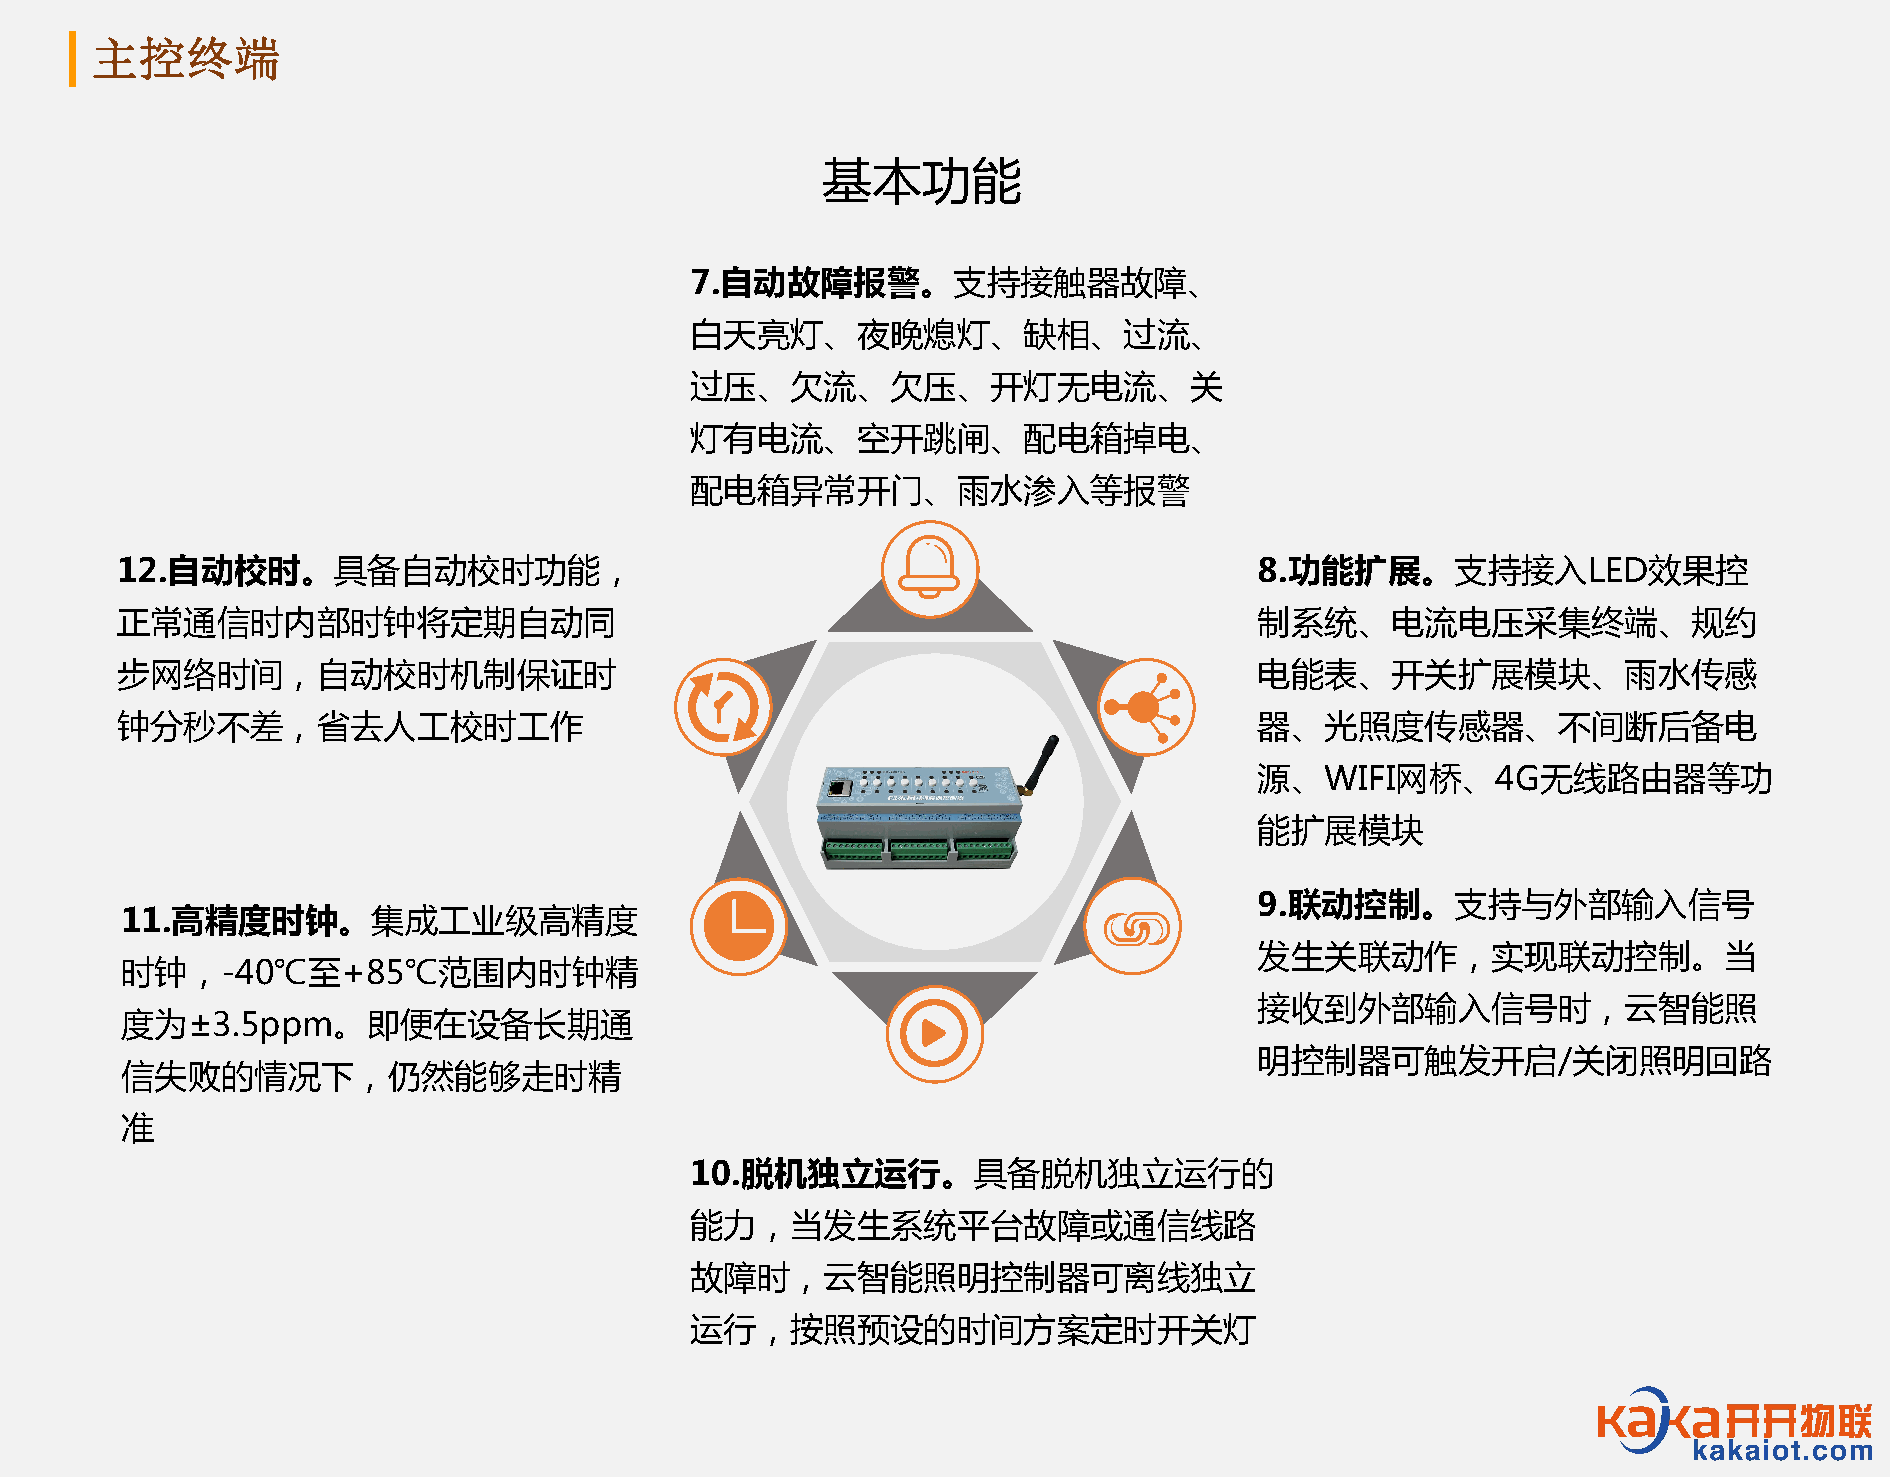
主控终端
 基本功能
 7.自动故障报警。支持接触器故障、
 白天亮灯、夜晚熄灯、缺相、过流、
 过压、欠流、欠压、开灯无电流、关
 灯有电流、空开跳闸、配电箱掉电、
 配电箱异常开门、雨水渗入等报警
 12.自动校时。具备自动校时功能，                                                          8.功能扩展。支持接入LED效果控
 正常通信时内部时钟将定期自动同                                                            制系统、电流电压采集终端、规约
 步网络时间，自动校时机制保证时                                                            电能表、开关扩展模块、雨水传感
 钟分秒不差，省去人工校时工作                                                             器、光照度传感器、不间断后备电
 源、WIFI网桥、4G无线路由器等功
 能扩展模块
 9.联动控制。支持与外部输入信号
 11.高精度时钟。集成工业级高精度
 发生关联动作，实现联动控制。当
 时钟，-40℃至+85℃范围内时钟精
 接收到外部输入信号时，云智能照
 度为±3.5ppm。即便在设备长期通
 明控制器可触发开启/关闭照明回路
 信失败的情况下，仍然能够走时精
 准
 10.脱机独立运行。具备脱机独立运行的
 能力，当发生系统平台故障或通信线路
 故障时，云智能照明控制器可离线独立
 运行，按照预设的时间方案定时开关灯